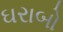
ઘરાબો